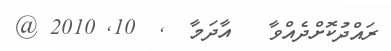
ރައްދުކޮށްދެއްވާ   އާދަމާ